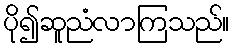
ပို၍ဆူညံလာကြသည်။